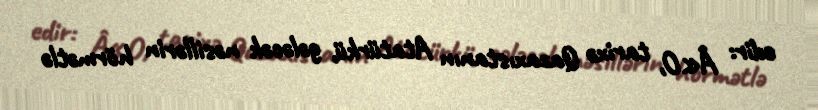
edir: Â«O, tarixə Qazaxıstanın Atatürkü, gələcək nəsillərin hörmətlə